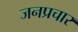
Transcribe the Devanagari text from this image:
जनप्रचार